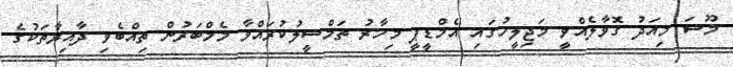
މޫސަ މިއަދު ގޮވާލެއްވީ މަޖިލީހުގައި އެމްޑީޕީ މިހާރު ތަމްސީލުކުރައްވާ މެމްބަރުން ތިއްބެވި ދާއިރާތަކުގެ